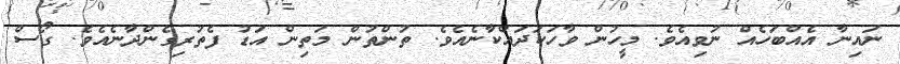
ނައިނާ އެއްބަހެއް ނުވިއެވެ. މީހުން ވާހަކަދައްކާނެއެވެ. ތުންތުން މަތިން އަޑު ފެތުރިގެންދާނެއެވެ. ގޯސް